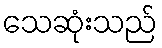
သေဆုံးသည်